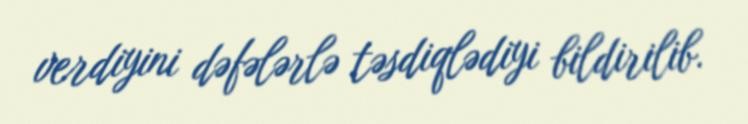
verdiyini dəfələrlə təsdiqlədiyi bildirilib.